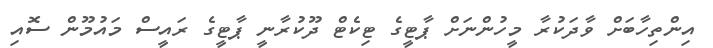
އިންތިހާބަށް ވާދަކުރާ މީހުންނަށް ޕާޓީގެ ޓިކެޓް ދޫކުރާނީ ޕާޓީގެ ރައީސް މައުމޫން ސޮއި